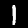
Digit: 1